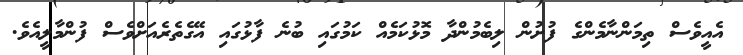
އެއީވެސް ތިމަންނާމެންގެ ފުށުން ލިބެމުންދާ މޮޅުކަމެއް ކަމުގައި ބުނެ ފާޅުގައި އޭގެތެރެއަށްވެސް ފުންމާލީއެވެ.